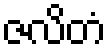
ဇလိတံ